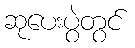
ဆုပေးပွဲတွင်